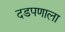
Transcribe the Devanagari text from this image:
दडपणाला